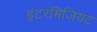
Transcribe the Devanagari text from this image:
इंटरमिजियट